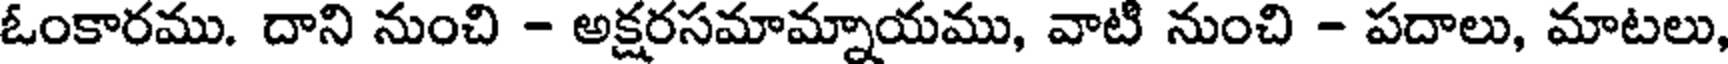
ఓంకారము. దాని నుంచి - అక్షరసమామ్నాయము, వాటి నుంచి - పదాలు, మాటలు,